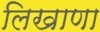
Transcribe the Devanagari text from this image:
लिखाणा